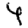
Digit: 4